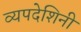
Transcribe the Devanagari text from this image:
व्यपदेशिनी